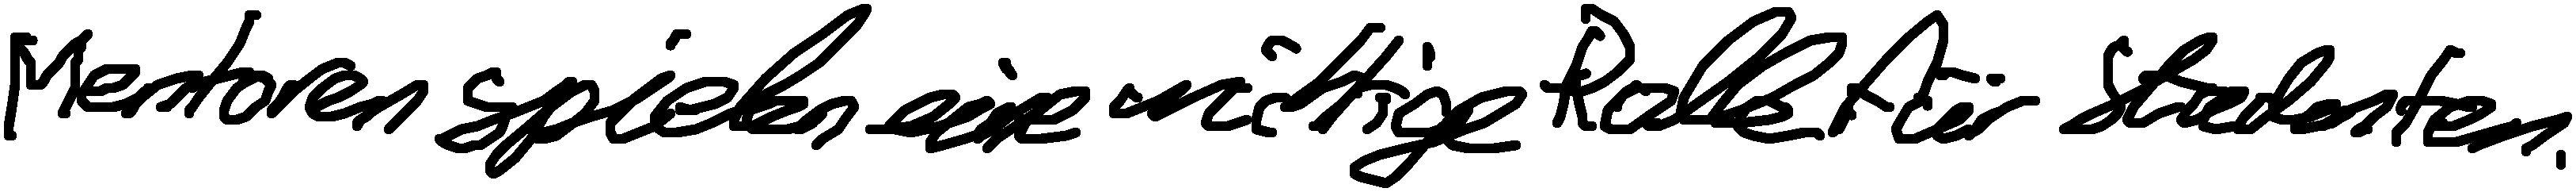
Mentoren spielen eine wichtige Rolle für Studenten.